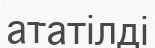
ататілді